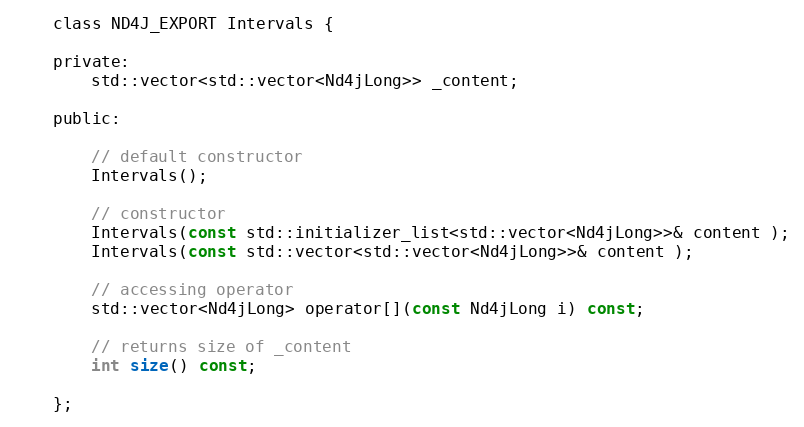
Language: C
    class ND4J_EXPORT Intervals {

    private:
        std::vector<std::vector<Nd4jLong>> _content;

    public:

        // default constructor
        Intervals();

        // constructor
        Intervals(const std::initializer_list<std::vector<Nd4jLong>>& content );
        Intervals(const std::vector<std::vector<Nd4jLong>>& content );

        // accessing operator
        std::vector<Nd4jLong> operator[](const Nd4jLong i) const;

        // returns size of _content
        int size() const;

    };